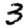
Digit: 3